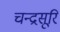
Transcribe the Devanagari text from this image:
चन्द्रसूरि